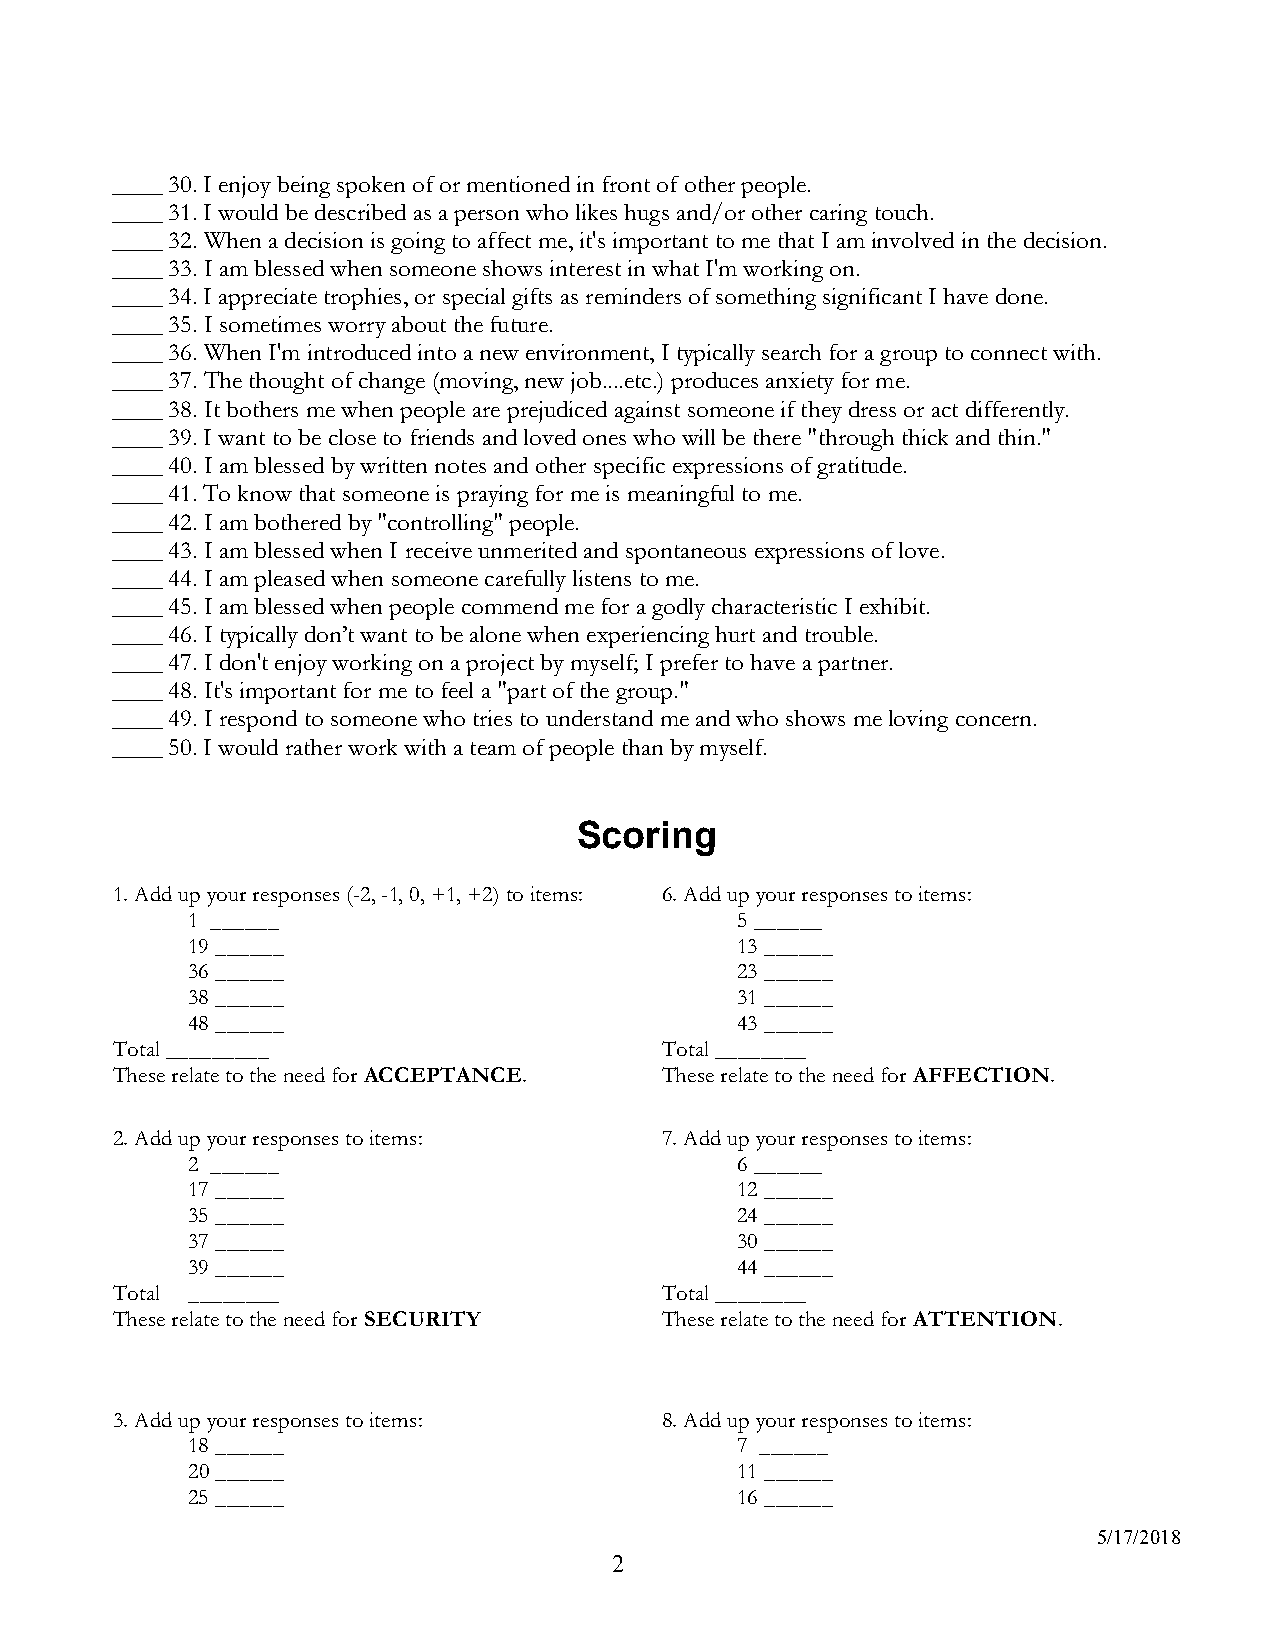
____ 30. I enjoy being spoken of or mentioned in front of other people.
 ____ 31. I would be described as a person who likes hugs and/or other caring touch.
 ____ 32. When a decision is going to affect me, it's important to me that I am involved in the decision.
 ____ 33. I am blessed when someone shows interest in what I'm working on.
 ____ 34. I appreciate trophies, or special gifts as reminders of something significant I have done.
 ____ 35. I sometimes worry about the future.
 ____ 36. When I'm introduced into a new environment, I typically search for a group to connect with.
 ____ 37. The thought of change (moving, new job....etc.) produces anxiety for me.
 ____ 38. It bothers me when people are prejudiced against someone if they dress or act differently.
 ____ 39. I want to be close to friends and loved ones who will be there "through thick and thin."
 ____ 40. I am blessed by written notes and other specific expressions of gratitude.
 ____ 41. To know that someone is praying for me is meaningful to me.
 ____ 42. I am bothered by "controlling" people.
 ____ 43. I am blessed when I receive unmerited and spontaneous expressions of love.
 ____ 44. I am pleased when someone carefully listens to me.
 ____ 45. I am blessed when people commend me for a godly characteristic I exhibit.
 ____ 46. I typically don’t want to be alone when experiencing hurt and trouble.
 ____ 47. I don't enjoy working on a project by myself; I prefer to have a partner.
 ____ 48. It's important for me to feel a "part of the group."
 ____ 49. I respond to someone who tries to understand me and who shows me loving concern.
 ____ 50. I would rather work with a team of people than by myself.
 Scoring
 1. Add up your responses (-2, -1, 0, +1, +2) to items: 6. Add up your responses to items:
 1 ______                             5 ______
 19 ______                            13 ______
 36 ______                            23 ______
 38 ______                            31 ______
 48 ______                            43 ______
 Total _________                      Total ________
 These relate to the need for ACCEPTANCE. These relate to the need for AFFECTION.
 2. Add up your responses to items:   7. Add up your responses to items:
 2 ______                             6 ______
 17 ______                            12 ______
 35 ______                            24 ______
 37 ______                            30 ______
 39 ______                            44 ______
 Total ________                       Total ________
 These relate to the need for SECURITY These relate to the need for ATTENTION.
 3. Add up your responses to items:   8. Add up your responses to items:
 18 ______                            7 ______
 20 ______                            11 ______
 25 ______                            16 ______
 5/17/2018
 2